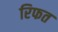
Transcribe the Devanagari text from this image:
रिफत